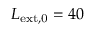
L _ { \mathrm { e x t , 0 } } = 4 0